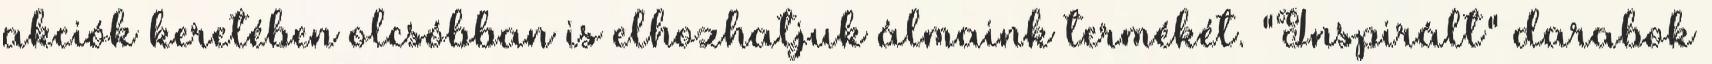
akciók keretében olcsóbban is elhozhatjuk álmaink termékét. "Inspirált" darabok